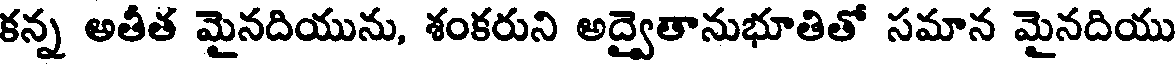
కన్న అతీత మైనదియును, శంకరుని అద్వైతానుభూతితో సమాన మైనదియు